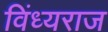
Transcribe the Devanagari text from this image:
विंध्यराज